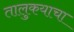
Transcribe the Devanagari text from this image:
तालुकयाचा